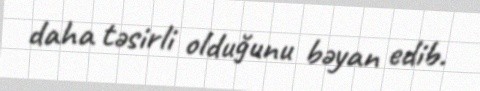
daha təsirli olduğunu bəyan edib.